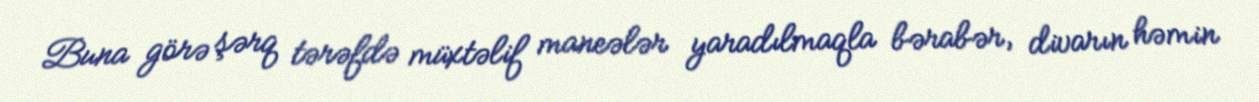
Buna görə şərq tərəfdə müxtəlif maneələr yaradılmaqla bərabər, divarın həmin